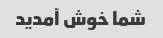
شما خوش آمدید